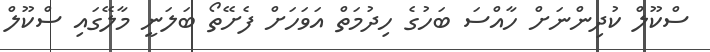
ސްކޫލް ކުދިންނަށް ހާއްސަ ބަހުގެ ހިދުމަތް އަވަހަށް ފެށޭތޯ ބަލަނީ މާލޭގައި ސްކޫލް